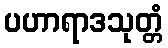
ပဟာရာဒသုတ္တံ